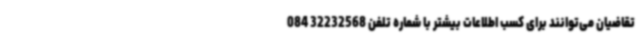
تقاضیان می‌توانند برای کسب اطلاعات بیشتر با شماره تلفن 32232568 084